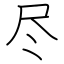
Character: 尽